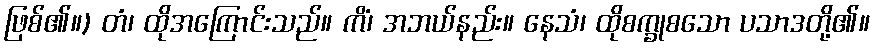
ဖြစ်၏။) တံ၊ ထိုအကြောင်းသည်။ ကိံ၊ အဘယ်နည်း။ နေသံ၊ ထိုစက္ခုစသော ပသာဒတို့၏။